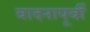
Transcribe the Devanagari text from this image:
वादनापूर्वी